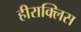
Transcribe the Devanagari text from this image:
हीराक्लिस